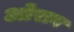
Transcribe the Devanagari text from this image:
ओराव